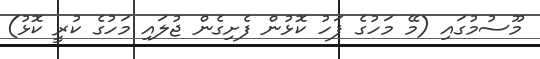
މޫސުމުގައި (މޭ މަހުގެ ފަހު ކޮޅުން ފެށިގެން ޖުލައި މަހުގެ ކުރީ ކޮޅު)